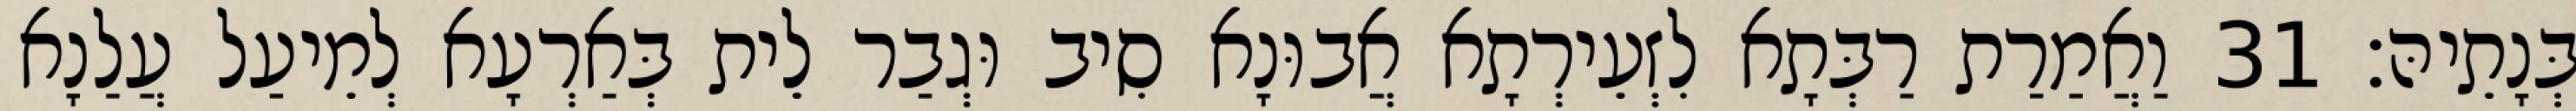
בְּנָתֵיהּ׃ 31 וַאֲמַרַת רַבְּתָא לִזְעֵירְתָא אֲבוּנָא סִיב וּגְבַר לֵית בְּאַרְעָא לְמֵיעַל עֲלַנָא